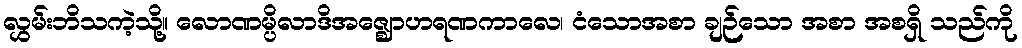
လွှမ်းဘိသကဲ့သို့။ လောဏမ္ပိလာဒိအဇ္ဈောဟရဏကာလေ၊ ငံသောအစာ ချဉ်သော အစာ အစရှိ သည်ကို